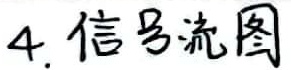
4. 信号流图